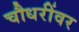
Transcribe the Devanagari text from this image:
चौधरींवर